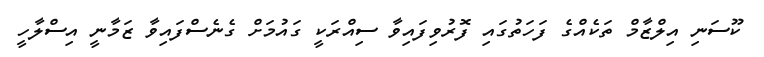
ކޫސަނި އިލްޒާމް ތަކެއްގެ ފަހަތުގައި ފޮރުވިފައިވާ ސިއްރަކީ ގައުމަށް ގެނެސްފައިވާ ޒަމާނީ އިސްލާހީ